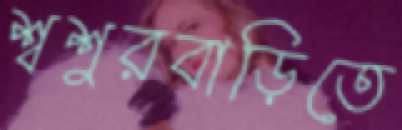
শ্বশুরবাড়িতে